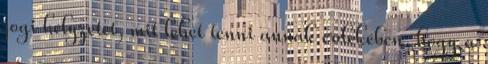
jogi helyzetet, mit lehet tenni annak érdekében, hogy a